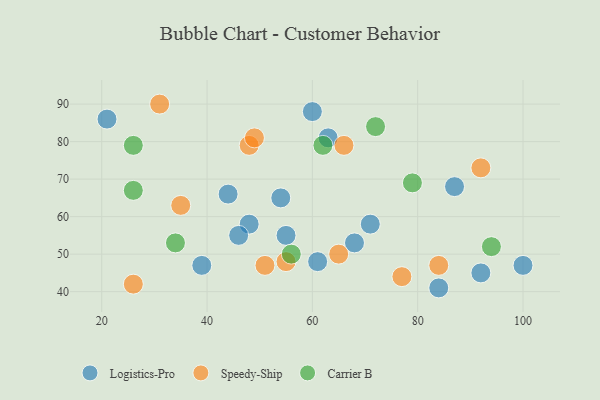
{"axis": {"x": "GDP", "y": "Life Expectancy"}, "legend": ["Carrier B", "Logistics-Pro", "Speedy-Ship"], "data": [{"x": "60", "y": 88, "type": "Logistics-Pro"}, {"x": "92", "y": 45, "type": "Logistics-Pro"}, {"x": "71", "y": 58, "type": "Logistics-Pro"}, {"x": "21", "y": 86, "type": "Logistics-Pro"}, {"x": "87", "y": 68, "type": "Logistics-Pro"}, {"x": "55", "y": 55, "type": "Logistics-Pro"}, {"x": "63", "y": 81, "type": "Logistics-Pro"}, {"x": "39", "y": 47, "type": "Logistics-Pro"}, {"x": "44", "y": 66, "type": "Logistics-Pro"}, {"x": "48", "y": 58, "type": "Logistics-Pro"}, {"x": "84", "y": 41, "type": "Logistics-Pro"}, {"x": "54", "y": 65, "type": "Logistics-Pro"}, {"x": "46", "y": 55, "type": "Logistics-Pro"}, {"x": "61", "y": 48, "type": "Logistics-Pro"}, {"x": "68", "y": 53, "type": "Logistics-Pro"}, {"x": "100", "y": 47, "type": "Logistics-Pro"}, {"x": "77", "y": 44, "type": "Speedy-Ship"}, {"x": "55", "y": 48, "type": "Speedy-Ship"}, {"x": "66", "y": 79, "type": "Speedy-Ship"}, {"x": "48", "y": 79, "type": "Speedy-Ship"}, {"x": "35", "y": 63, "type": "Speedy-Ship"}, {"x": "65", "y": 50, "type": "Speedy-Ship"}, {"x": "49", "y": 81, "type": "Speedy-Ship"}, {"x": "84", "y": 47, "type": "Speedy-Ship"}, {"x": "26", "y": 42, "type": "Speedy-Ship"}, {"x": "31", "y": 90, "type": "Speedy-Ship"}, {"x": "51", "y": 47, "type": "Speedy-Ship"}, {"x": "92", "y": 73, "type": "Speedy-Ship"}, {"x": "26", "y": 67, "type": "Carrier B"}, {"x": "79", "y": 69, "type": "Carrier B"}, {"x": "26", "y": 79, "type": "Carrier B"}, {"x": "34", "y": 53, "type": "Carrier B"}, {"x": "72", "y": 84, "type": "Carrier B"}, {"x": "62", "y": 79, "type": "Carrier B"}, {"x": "94", "y": 52, "type": "Carrier B"}, {"x": "56", "y": 50, "type": "Carrier B"}]}